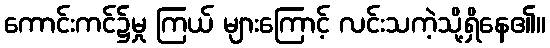
ကောင်းကင်၌မှု ကြယ် များကြောင့် လင်းသကဲ့သို့ရှိနေ၏။